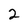
Character: 2